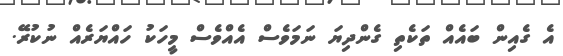
އެ ގެއިން ބައެއް ތަކެތި ގެންދިޔަ ނަމަވެސް އެއްވެސް މީހަކު ހައްޔަރެއް ނުކުރޭ.